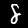
Label: 8